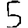
Digit: 5